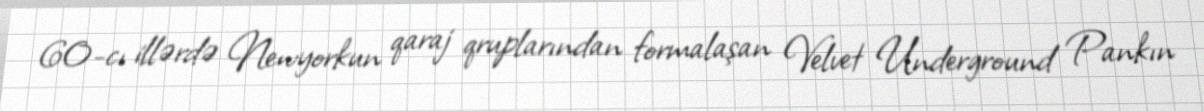
60-cı illərdə Newyorkun qaraj qruplarından formalaşan Velvet Underground Pankın